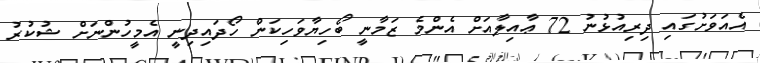
އެއަވަށުގައި ދިރިއުޅުނު 72 ޢާއިލާއަށް އެންމެ ޒަމާނީ ބޯހިޔާވަހިކަން ހޯދައިދިނީ އެމީހުންނަށް ޝުކުރު